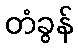
တံခွန်